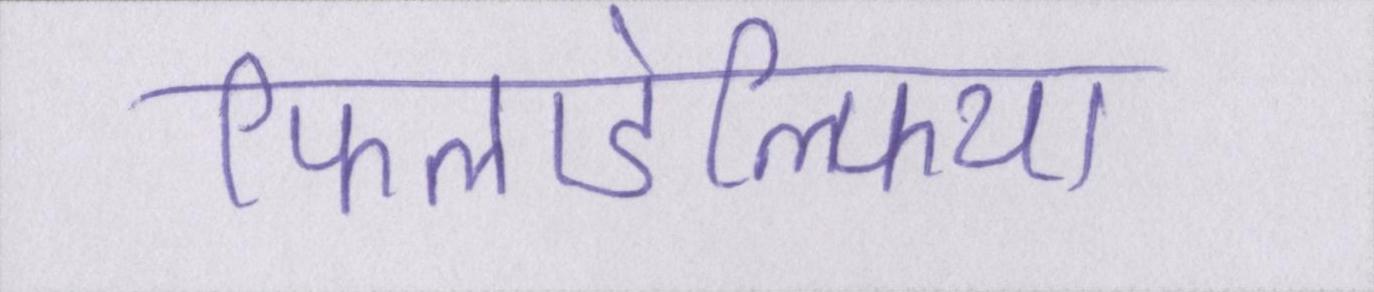
फिलाडेल्फिया